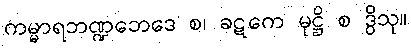
ကမ္မာရဘဏ္ဍဘေဒေ စ၊ ခဋကေ မုဋ္ဌိ စ ဒွိသု။